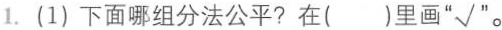
1.(1)下面哪组分法公平?在( )里画"√"。